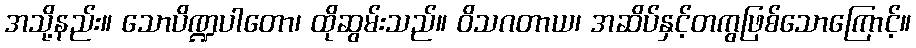
အသို့နည်း။ သောပိဏ္ဍပါတော၊ ထိုဆွမ်းသည်။ ဝိသဂတာယ၊ အဆိပ်နှင့်တကွဖြစ်သောကြောင့်။